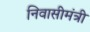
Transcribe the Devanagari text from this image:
निवासीमंत्री